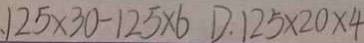
1 2 5 \times 3 0 - 1 2 5 \times 6 D . 1 2 5 \times 2 0 \times 4